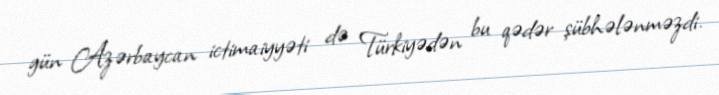
gün Azərbaycan ictimaiyyəti də Türkiyədən bu qədər şübhələnməzdi.